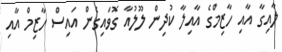
ލާއިގާ އާއި ހާޒިމްގެ އާއިލާ ކުދިން ލޫލުއާ ގޮވައިގެން އައިސް ހާޒިމް އާއި